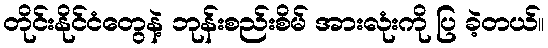
တိုင်းနိုင်ငံတွေနဲ့ ဘုန်းစည်းစိမ် အားလုံးကို ပြ ခဲ့တယ်။